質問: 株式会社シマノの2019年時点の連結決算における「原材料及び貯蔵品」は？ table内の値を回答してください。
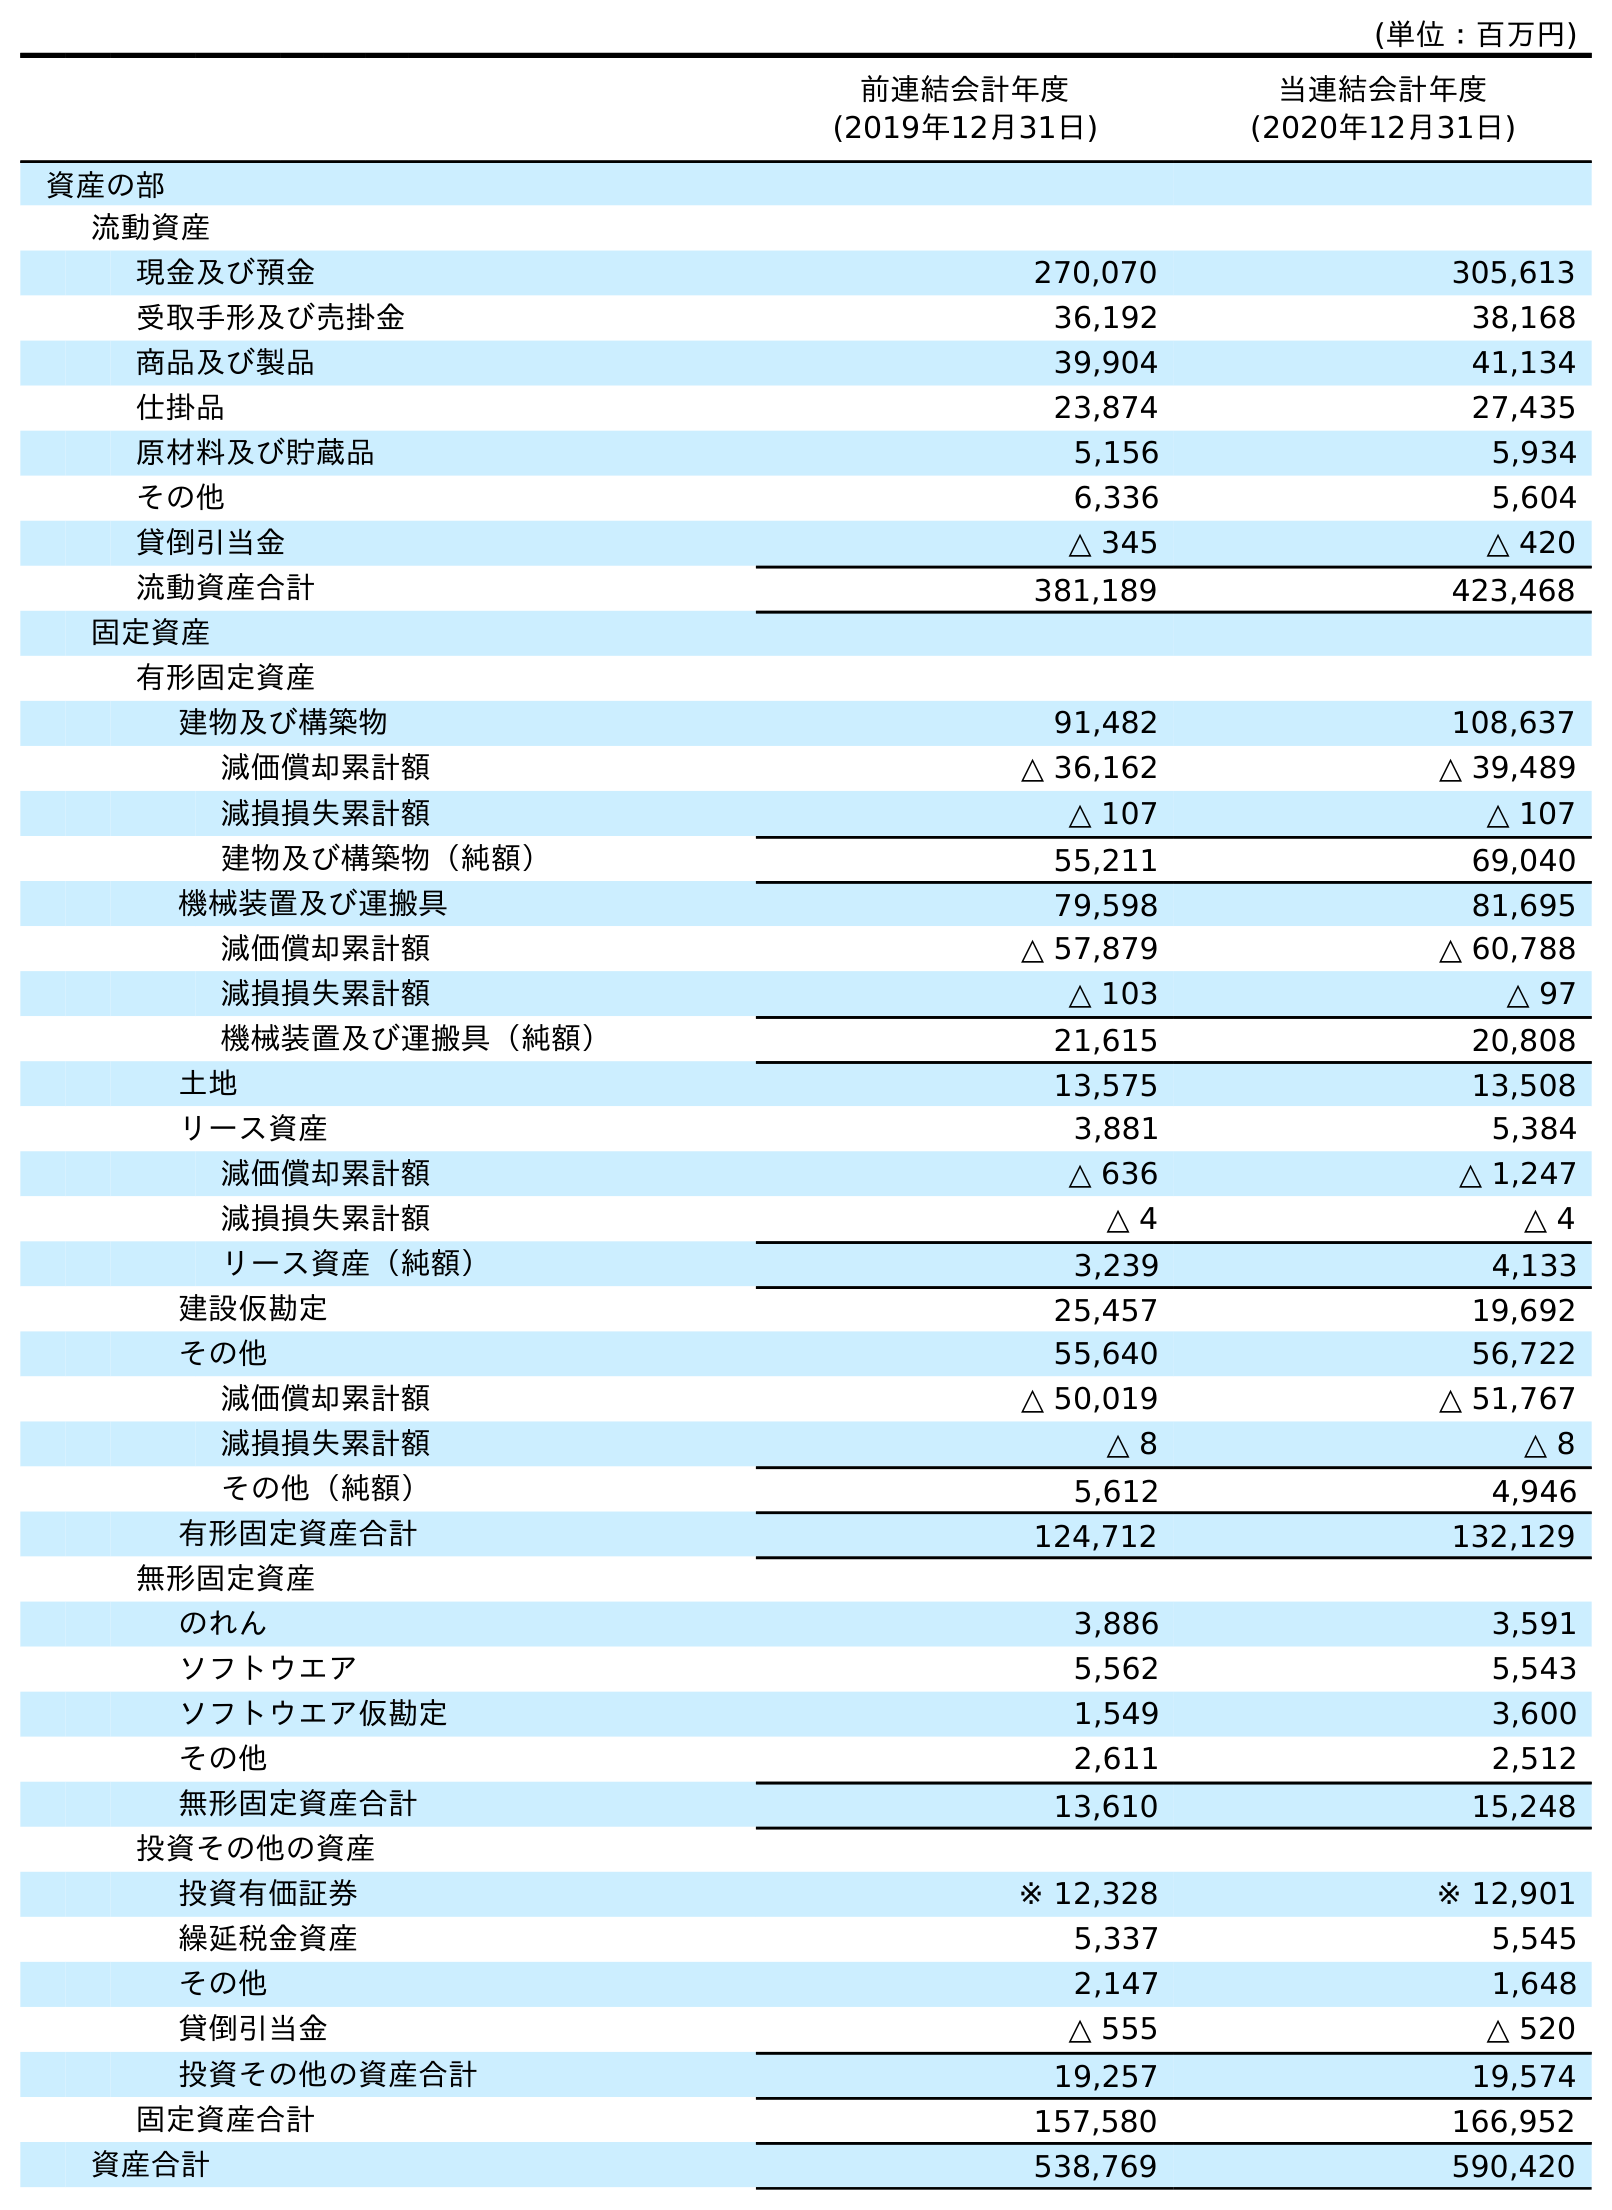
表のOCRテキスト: (単位：百万円) 前連結会計年度 (2019年12月31日) 当連結会計年度 (2020年12月31日) 資産の部 流動資産 現金及び預金 270,070 305,613 受取手形及び売掛金 36,192 38,168 商品及び製品 39,904 41,134 仕掛品 23,874 27,435 原材料及び貯蔵品 5,156 5,934 その他 6,336 5,604 貸倒引当金 △ 345 △ 420 流動資産合計 381,189 423,468 固定資産 有形固定資産 建物及び構築物 91,482 108,637 減価償却累計額 △ 36,162 △ 39,489 減損損失累計額 △ 107 △ 107 建物及び構築物（純額） 55,211 69,040 機械装置及び運搬具 79,598 81,695 減価償却累計額 △ 57,879 △ 60,788 減損損失累計額 △ 103 △ 97 機械装置及び運搬具（純額） 21,615 20,808 土地 13,575 13,508 リース資産 3,881 5,384 減価償却累計額 △ 636 △ 1,247 減損損失累計額 △ 4 △ 4 リース資産（純額） 3,239 4,133 建設仮勘定 25,457 19,692 その他 55,640 56,722 減価償却累計額 △ 50,019 △ 51,767 減損損失累計額 △ 8 △ 8 その他（純額） 5,612 4,946 有形固定資産合計 124,712 132,129 無形固定資産 のれん 3,886 3,591 ソフトウエア 5,562 5,543 ソフトウエア仮勘定 1,549 3,600 その他 2,611 2,512 無形固定資産合計 13,610 15,248 投資その他の資産 投資有価証券 ※ 12,328 ※ 12,901 繰延税金資産 5,337 5,545 その他 2,147 1,648 貸倒引当金 △ 555 △ 520 投資その他の資産合計 19,257 19,574 固定資産合計 157,580 166,952 資産合計 538,769 590,420
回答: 5,156